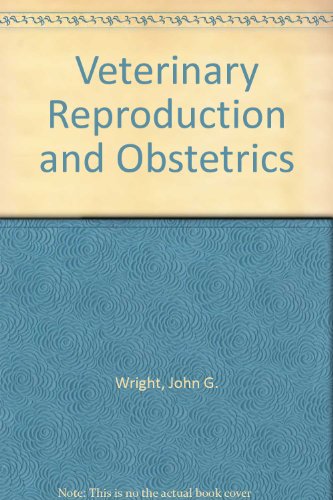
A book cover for Veterinary Reproduction and Obstetrics; John G. Wright; Medical Books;